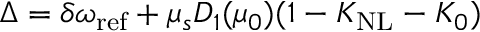
\Delta = \delta \omega _ { \mathrm { r e f } } + \mu _ { s } D _ { 1 } ( \mu _ { 0 } ) ( 1 - K _ { \mathrm { N L } } - K _ { 0 } )